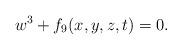
LaTeX: \begin{align*}w^3 + f_9 (x,y,z,t) = 0.\end{align*}